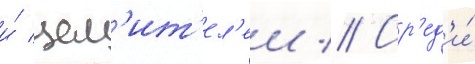
и́ цел'ит'ел'еи // Ср'ед'и́